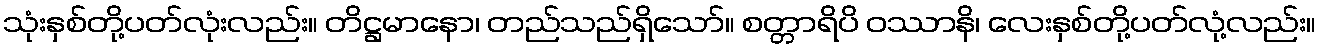
သုံးနှစ်တို့ပတ်လုံးလည်း။ တိဋ္ဌမာနော၊ တည်သည်ရှိသော်။ စတ္တာရိပိ ဝဿာနိ၊ လေးနှစ်တို့ပတ်လုံ့လည်း။